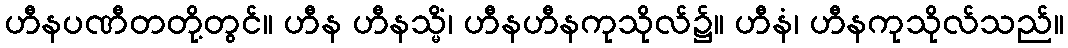
ဟီနပဏီတတို့တွင်။ ဟီန ဟီနသ္မိံ၊ ဟီနဟီနကုသိုလ်၌။ ဟီနံ၊ ဟီနကုသိုလ်သည်။